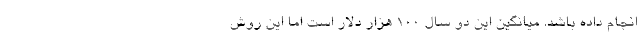
انجام داده باشد. میانگین این دو سال ۱۰۰ هزار دلار است اما این روش